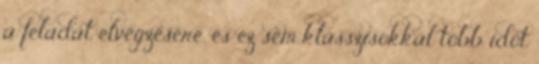
a feladat elvégzésére, és ez sem klasszisokkal több időt